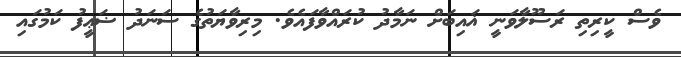
ވެސް ކީރިތި ރަސޫލާވަނީ ޣައިބަށް ނަމާދު ކުރައްވާފައެވެ. މިރިވާޔަތުގެ ސަނަދު ޟަޢީފު ކަމުގައި